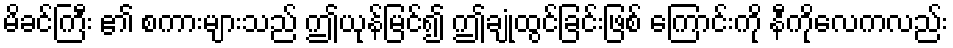
မိခင်ကြီး ၏ စကားများသည် ဤယုန်မြင်၍ ဤချုံထွင်ခြင်းဖြစ် ကြောင်းကို နီကိုလေကလည်း